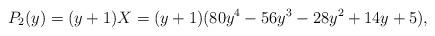
LaTeX: \begin{align*} P_2(y) = (y+1) X = (y+1)(80y^4-56y^3-28y^2+14y+5) , \end{align*}